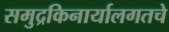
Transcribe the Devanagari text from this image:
समुद्रकिनार्यालगतचे